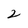
Character: 2